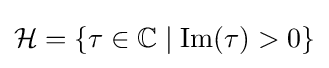
{\mathcal {H}}=\{\tau \in \mathbb {C} \mid \operatorname {Im} (\tau )>0\}